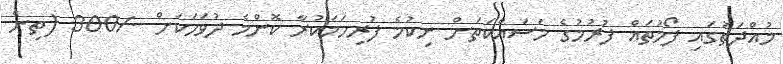
މުއްދަތުގައި ފޯމުތައް ފުރުމުގެ މަސައްކަތަށް ނިކުމެ ފުރިހަމަކުރާ ކޮންމެ ދުވަހަކަށް -/300 (ތިން